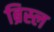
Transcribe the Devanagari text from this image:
ब्रिस्ल